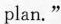
plan."